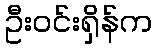
ဦးဝင်းရှိန်က